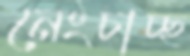
নেংচাচ্ছ